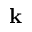
\mathbf { k }